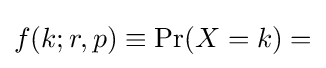
{\textstyle f(k;r,p)\equiv \Pr(X=k)=}